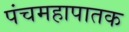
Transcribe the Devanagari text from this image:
पंचमहापातक